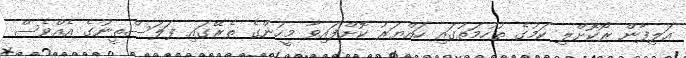
އަލިފާން ރޯކޮށްލި ކަމުގެ ތުހުމަތުގައި ހައްޔަރު ކޮށްފައިވާ މީހުންގެ ތެރޭގައި ފަލަސްތީނުގެ އެއްވެސް